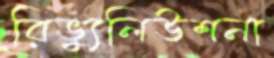
রিভ্যুলিউশনা